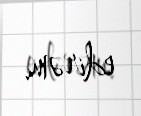
edirəm.